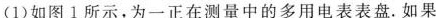
(1)如图1所示，为一正在测量中的多用电表表盘.如果